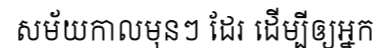
សម័យកាលមុនៗ ដែរ ដើម្បីឲ្យអ្នក